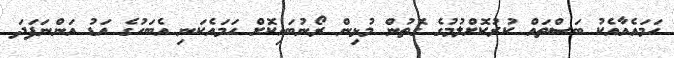
ހަމައެއާއެކު ބަސްތައް ކުރުކޮށްލުމުގެ ގޮތުން މުޅިން ރޯނުބައިކޮށް ހަމައެކަނި އެބަހުގެ އަޑު އަންނަފަދަ